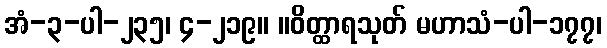
အံ-၃-ပါ-၂၃၅၊ ၄-၂၁၉။ ။ဝိတ္ထာရသုတ် မဟာသံ-ပါ-၁၇၇၊